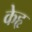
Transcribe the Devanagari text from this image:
केहृ